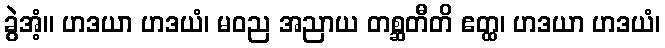
ခွဲအံ့။ ဟဒယာ ဟဒယံ၊ မဝည အညာယ တစ္ဆတီတိ ဧတ္ထ၊ ဟဒယာ ဟဒယံ၊